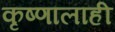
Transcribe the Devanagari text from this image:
कृष्णालाही